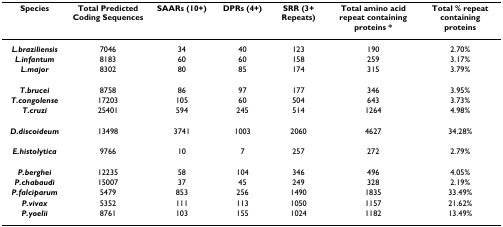
<table><thead><tr><td><b>Species</b></td><td><b>Total Predicted Coding Sequences</b></td><td><b>SAARs (10+)</b></td><td><b>DPRs (4+)</b></td><td><b>SRR (3+ Repeats)</b></td><td><b>Total amino acid repeat containing proteins *</b></td><td><b>Total % repeat containing proteins</b></td></tr></thead><tbody><tr><td><b><i>L.braziliensis</i></b></td><td>7046</td><td>34</td><td>40</td><td>123</td><td>190</td><td>2.70%</td></tr><tr><td><b><i>L.infantum</i></b></td><td>8183</td><td>60</td><td>60</td><td>158</td><td>259</td><td>3.17%</td></tr><tr><td><b><i>L.major</i></b></td><td>8302</td><td>80</td><td>85</td><td>174</td><td>315</td><td>3.79%</td></tr><tr><td><b><i>T.brucei</i></b></td><td>8758</td><td>86</td><td>97</td><td>177</td><td>346</td><td>3.95%</td></tr><tr><td><b><i>T.congolense</i></b></td><td>17203</td><td>105</td><td>60</td><td>504</td><td>643</td><td>3.73%</td></tr><tr><td><b><i>T.cruzi</i></b></td><td>25401</td><td>594</td><td>245</td><td>514</td><td>1264</td><td>4.98%</td></tr><tr><td><b><i>D.discoideum</i></b></td><td>13498</td><td>3741</td><td>1003</td><td>2060</td><td>4627</td><td>34.28%</td></tr><tr><td><b><i>E.histolytica</i></b></td><td>9766</td><td>10</td><td>7</td><td>257</td><td>272</td><td>2.79%</td></tr><tr><td><b><i>P.berghei</i></b></td><td>12235</td><td>58</td><td>104</td><td>346</td><td>496</td><td>4.05%</td></tr><tr><td><b><i>P.chabaudi</i></b></td><td>15007</td><td>37</td><td>45</td><td>249</td><td>328</td><td>2.19%</td></tr><tr><td><b><i>P.falciparum</i></b></td><td>5479</td><td>853</td><td>256</td><td>1490</td><td>1835</td><td>33.49%</td></tr><tr><td><b><i>P.vivax</i></b></td><td>5352</td><td>111</td><td>113</td><td>1050</td><td>1157</td><td>21.62%</td></tr><tr><td><b><i>P.yoelii</i></b></td><td>8761</td><td>103</td><td>155</td><td>1024</td><td>1182</td><td>13.49%</td></tr></tbody></table>